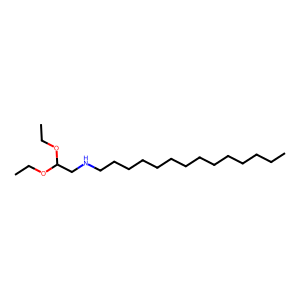
SMILES: CCCCCCCCCCCCCCNCC(OCC)OCC
Inhibits HIV replication: No